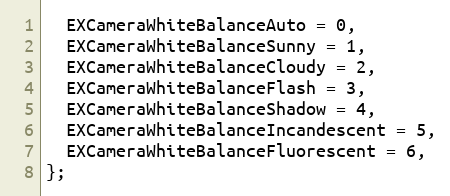
Language: C
  EXCameraWhiteBalanceAuto = 0,
  EXCameraWhiteBalanceSunny = 1,
  EXCameraWhiteBalanceCloudy = 2,
  EXCameraWhiteBalanceFlash = 3,
  EXCameraWhiteBalanceShadow = 4,
  EXCameraWhiteBalanceIncandescent = 5,
  EXCameraWhiteBalanceFluorescent = 6,
};